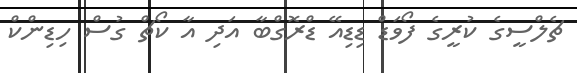
ޗެލްސީގެ ކުރީގެ ފޯވަޑް ޑިޑިއޭ ޑްރޮގްބާ އަދި އާ ކޯޗް ގުސް ހިޑިންކް